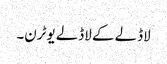
لاڈلے کے لاڈلے یوٹرن۔